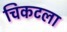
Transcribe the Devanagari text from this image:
चिकटला